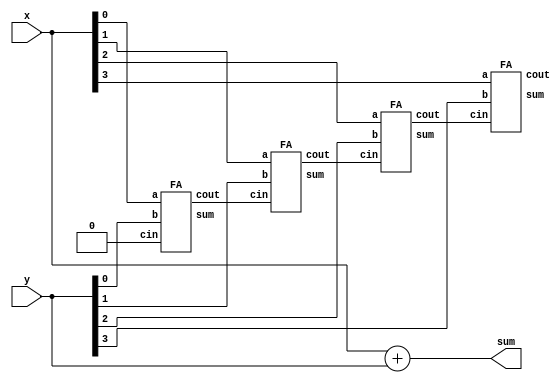
module top_module (
	input [3:0] x,
	input [3:0] y,
	output [4:0] sum
);

	// This circuit is a 4-bit ripple-carry adder with carry-out.
	assign sum = x+y;	// Verilog addition automatically produces the carry-out bit.

	// Verilog quirk: Even though the value of (x+y) includes the carry-out, (x+y) is still considered to be a 4-bit number (The max width of the two operands).
	// This is correct:
	// assign sum = (x+y);
	// But this is incorrect:
	// assign sum = {x+y};	// Concatenation operator: This discards the carry-out

    // my solution
    wire [3:0] cout;
    FA FA1 (x[0],y[0],1'b0,cout[0],sum[0]);
    FA FA2 (x[1],y[1],cout[0],cout[1],sum[1]);
    FA FA3 (x[2],y[2],cout[1],cout[2],sum[2]);
    FA FA4 (x[3],y[3],cout[2],sum[4],sum[3]);
endmodule

module FA( 
    input a, b, cin,
    output cout, sum );
	
    assign cout = a&b | (a^b) & cin;
    assign sum = a^b^cin;
    
endmodule